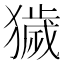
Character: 獩